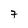
Character: 7